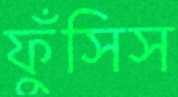
ফুঁসিস